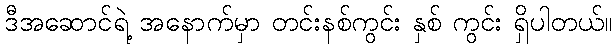
ဒီအဆောင်ရဲ့ အနောက်မှာ တင်းနစ်ကွင်း နှစ် ကွင်း ရှိပါတယ်။